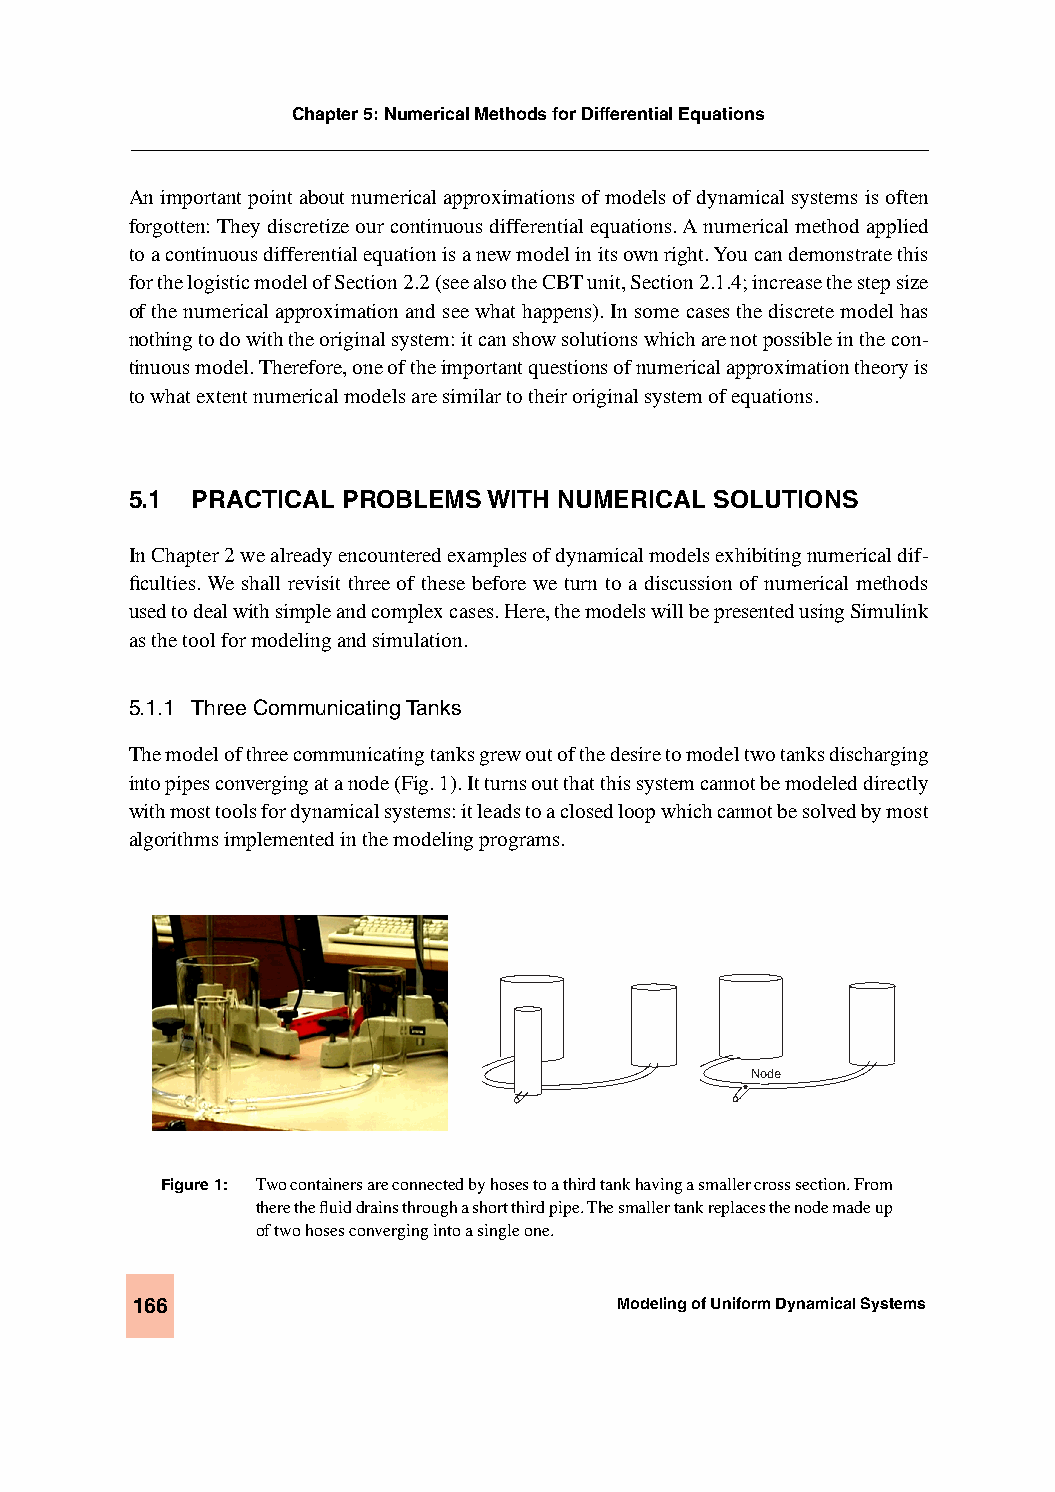
Chapter 5: Numerical Methods for Differential Equations
 An important point about numerical approximations of models of dynamical systems is often
 forgotten: They discretize our continuous differential equations. A numerical method applied
 to a continuous differential equation is a new model in its own right. You can demonstrate this
 for the logistic model of Section 2.2 (see also the CBT unit, Section 2.1.4; increase the step size
 of the numerical approximation and see what happens). In some cases the discrete model has
 nothing to do with the original system: it can show solutions which are not possible in the con-
 tinuous model. Therefore, one of the important questions of numerical approximation theory is
 to what extent numerical models are similar to their original system of equations.
 5.1 PRACTICAL PROBLEMS WITH NUMERICAL SOLUTIONS
 In Chapter 2 we already encountered examples of dynamical models exhibiting numerical dif-
 ficulties. We shall revisit three of these before we turn to a discussion of numerical methods
 used to deal with simple and complex cases. Here, the models will be presented using Simulink
 as the tool for modeling and simulation.
 5.1.1 Three Communicating Tanks
 The model of three communicating tanks grew out of the desire to model two tanks discharging
 into pipes converging at a node (Fig. 1). It turns out that this system cannot be modeled directly
 with most tools for dynamical systems: it leads to a closed loop which cannot be solved by most
 algorithms implemented in the modeling programs.
 Node
 Figure 1: Two containers are connected by hoses to a third tank having a smaller cross section. From
 there the fluid drains through a short third pipe. The smaller tank replaces the node made up
 of two hoses converging into a single one.
 166                             Modeling of Uniform Dynamical Systems